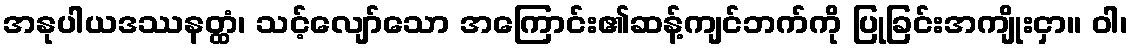
အနုပါယဒဿနတ္ထံ၊ သင့်လျော်သော အကြောင်း၏ဆန့်ကျင်ဘက်ကို ပြုခြင်းအကျိုးငှာ။ ဝါ၊